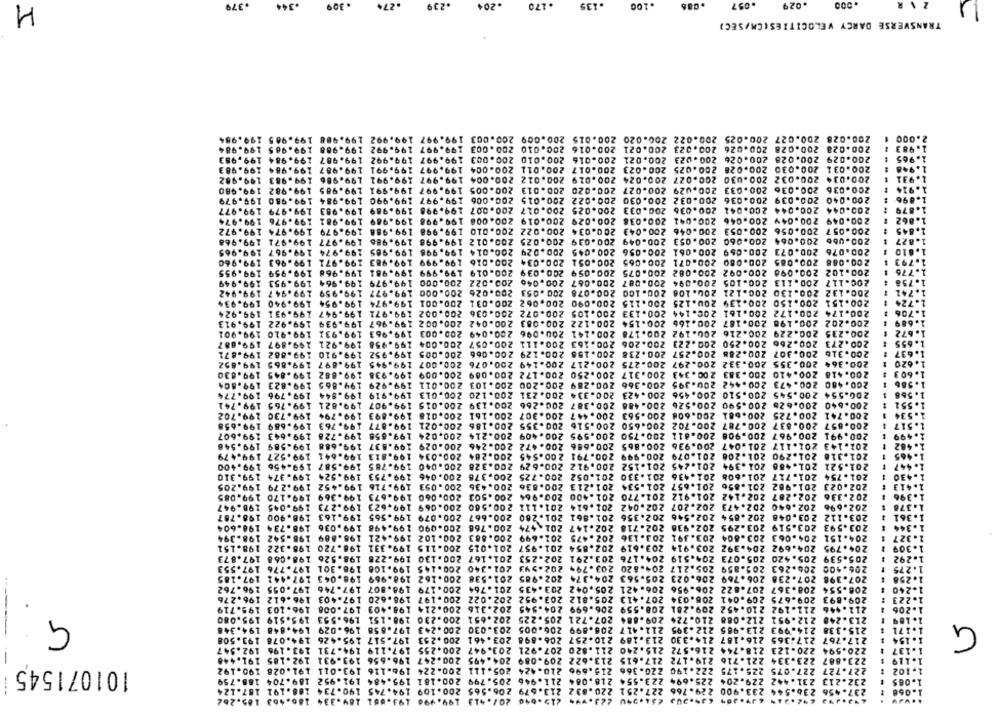
H
.379
.344
.309
.27
.239
.204
.170
.135
.100
.057
.029
TRANSVERSE DARCY VELOCITIES(CM/SEC)
199.90 5
199.
200.028 200.027 200.025 200.022 200.020 200.015 200.009 200.003 199.997
2.000
9.984
199.98
199.988 199.985
200.028 200.028 200.026 200.023 200.021 200.016 200.010 200.003 199.997 199.99
.983
199.984
199.987
199.997 199.992
200.029 200.028 200.026 200.023 200.021 200.016 200.010 200.003
. 965
199.953
199.983
199.987 199.984
200.017 200.011 200.004 199.997 199.991
200.031 200.030 200.028 200.025 200.023
.948
199.982
199.983
199.986
200.012 200.004 199.997 199.991
200.034 200.032 200.030 200.027 200.024 200.029
1.971
200.013 200.005 199.997 199.991
200.020
200.036 200.036 200.033 200.029 200.027
199.980
199.985 199.982
199.979
200.015 200.006 199.997 199.990 199.984 199.980
200.040 200.039 200.036 200.032 200.030 200.022
1.896
200.044 200.044 200.041 200.036 200.033 200.025 200.017 200.007 199.998 199.989 199.983 199.979 199.977
199.974
199.981 199.976
200.049 200.049 200.046 200.041 200.038 200.029 200.019 200.008 199.998 199.989
1.862
199.972
199.979 199.974
200.034 200.022 200.010 199.998 199.988
200.057 200.056 200.053 200.046 200.043
199.977 199.971 199.968
200.039 200.025 200.012 199.998 199.986
200.066 200.064 200.060 200.053 200.049
1.827
199.974 199.967 199.965
200.076 200.073 200.069 200.061 200.056 200.045 200.029 200.014 199.998 199.985
200.088 200.085 200.080 200.071 200.065
200.051 200.034 200.016 199.999 199.983 199.971 199.963 199.960
199.968 199.959 199.955
200.102 200.098 200.092 200.082 200.075 200.059 200.039 200.019 199.999 199.981
200.117 200.113 200.105 200.094 200.087 200.067 200.046 200.022 200.000 199.979 199.964 199.953
199.949
199.942
199.959 199.947
200.132 200.130 200.121 200.106 200.100 200.078 200.053 200.026 200.000 199.977
199.934
199.940
200.151 200.150 200.139 20U.125 200.115 200.090 200.062 200.031 200.001 199.974 199.954
199.931 199.924
200.174 200.172 200.161 200.144 200.133 200.105 200.072 200.036 200.002 199.971 199.947
200.122 200.083 200.042 200.002 199.967 199.939 199.922 199.913
200.202 200.198 200.187 200.166 200-154
901
199.931 199.910 199.901
200.141 200.096 200.049 200.003 199.963
200.229 200.216 200.192 200.178
200.235
199.897 199.687
199.921
200.111 200.057 200.004 199.958
200.163
200.273 200.266 200.250 200.223 200.206
199.910 199.882
200.188 200.129 200.066 200.005 199.952
200.257 200.238
200.307 200.288
200.316
199.671
199.852
199.865
199.897
200.149 200.076 200.007 199.945
200.217
200.355 200.332 200.297 200.275
200.364
.620
199.630
200.172 200.089 200.009 199.938 199.682 199.845
200.343 200.317 200.250
200.410 200-383
200.418
. 603
199.804
199.865 199-823
200.200 200.103 200.011 199.929
200.366 200.289
200.395
200.442
200. 480 200.473
199.796 199.774
199.844
200.231 200. 120 200.013 199.919
200.334
200.510 200.456 200.423
200.554 200.545
200.266
199.765 199.741
199.821
200.139 200.015 199.907
200.590 200.526 200.488 200.387
200.628
200-640
199.702
199.794 199.730
200.307 200.161 200.018 199.893
200.681 200.608 200.563 200.447
200.725
200.741
199.763 199.689 199-658
200.355 200.186 200.021 199.877
200.702 200.650 200.516
200.787
200.837
200.657
199.728 199.643 199.607
200.024 199.858
200.409 200.214
200.967 200.908 200.811 200.750 200.595
200.991
199.548
199.688 199-589
200.472 200.246 200.029 199.837
200.936 200.865 200.686
201.047
202.143 201.117
200.545 200.284
199.479
199.641 199.527
200.034 199.813
200.791
200.999
201.290 201.208 201.079
201.310
199.400
199.587 199-456
200.629 200.328 200.040 199.785
201.521 201.488 201.394 201.245 201.152 200.912
200.725 200.378 200.046 199.753 199.524 199.374
201.608 201.436 201.330 201.052
201.717
199.310
201.754
199.452 199.279 199.205
200.053 199.716
200.836 200.436
201.657 201-534 201.213
201.982 201.856
202.023
200.964 200.503 200.060 199.673 199.369 199.170 199.085
202.287 202.142 201.912 201.770 201.400
202.336
201.111 200.560 200.069 199.623 199.273 199.045 198.947
202.640 202.473 202.207 202.042 201.614
202.696
198.900 198-767
199.163
201.260 200.667 200.079 199.565
202.356 201.861
202.854 202.546
203.048
203.112
198.734 198-604
199.036
200.768 200.090 199.498
201.474
202.938 202.718 202.147
203.519 203.295
203.593
198-542 198-394
196.889
200.102 199.421
200.883
201.699
202.475
203.804 203.391 203.136
204.151 204.063
201.015 200.115 199.331 198.720
201.957
202.854
203.619
203.914
204.692 204-392
204.795
198-322 198.151
197.873
198.068
198.526
201.167 200.130 199.228
202.253
204.176 203.291
204.519
205.420 205.073
205.539
197.553
201.340 200.145 199.108 198.301 197.776
202.943
204.820 203.79%
205.859 205.217
206.263
206.100
197-185
198.043 197.441
201.538 200.162 198.969
202.985
206.769 206.023 205.563 204.374
207.398 207.238
197.055 196.762
203.435 201.764 200.179 198.807 197.746
206.421 205.042
207.822 206.956
208.367
206.554
196.276
196.612
197.403
202.022 200.197 198.620
203.952
207.413 205.812
208.034
209.041
209.675
209.893
195.719
197.008 196.103
202.316 200.214 198.403
204.545
210.452 209.281 208.559 206.699
211-192
211.446
195.080
196.553 195.519
202.651 200.230 198.151
207.721 205.225
210.724 209.884
212.088
212.951
213.248
G
194.348
206.005 203.030 200.243 197.658 196.029 194.648
211.417 208.899
212.395
213.985
215.338 214.993
194.078 193.508
200.253 197.517 195.426
216.187 214.330 213.189 210.257 206.898 203.461
217.767 217:365
192.547
197.119 194.731 193.196
200.255
218.744 216.572 215.240 211.820 207.921 203.947
220.594 220-123
192-185 191.440
217.615 213.622 209.089 204.495 200.247 196.656 193.931
223.334 221.716 219.172
223.887
--
196.116 193.011 191.028 190.192
225.175 222.190 220.366 215.696 210.424 205.111 200-224
101071545
227.727 227.075
232.213 231.442 229.204 225.694 223.554 218.084 211.946 205.799 200.181 195.484 191.952 189.704 188.759
227.251 220.832 213.679 206.565 200.109 194.745 190.734 188.191 107.124
236.544 233.900 229.766
.456
---
186-463 185.262
219-640 207.413 199.998 193.661 189.334